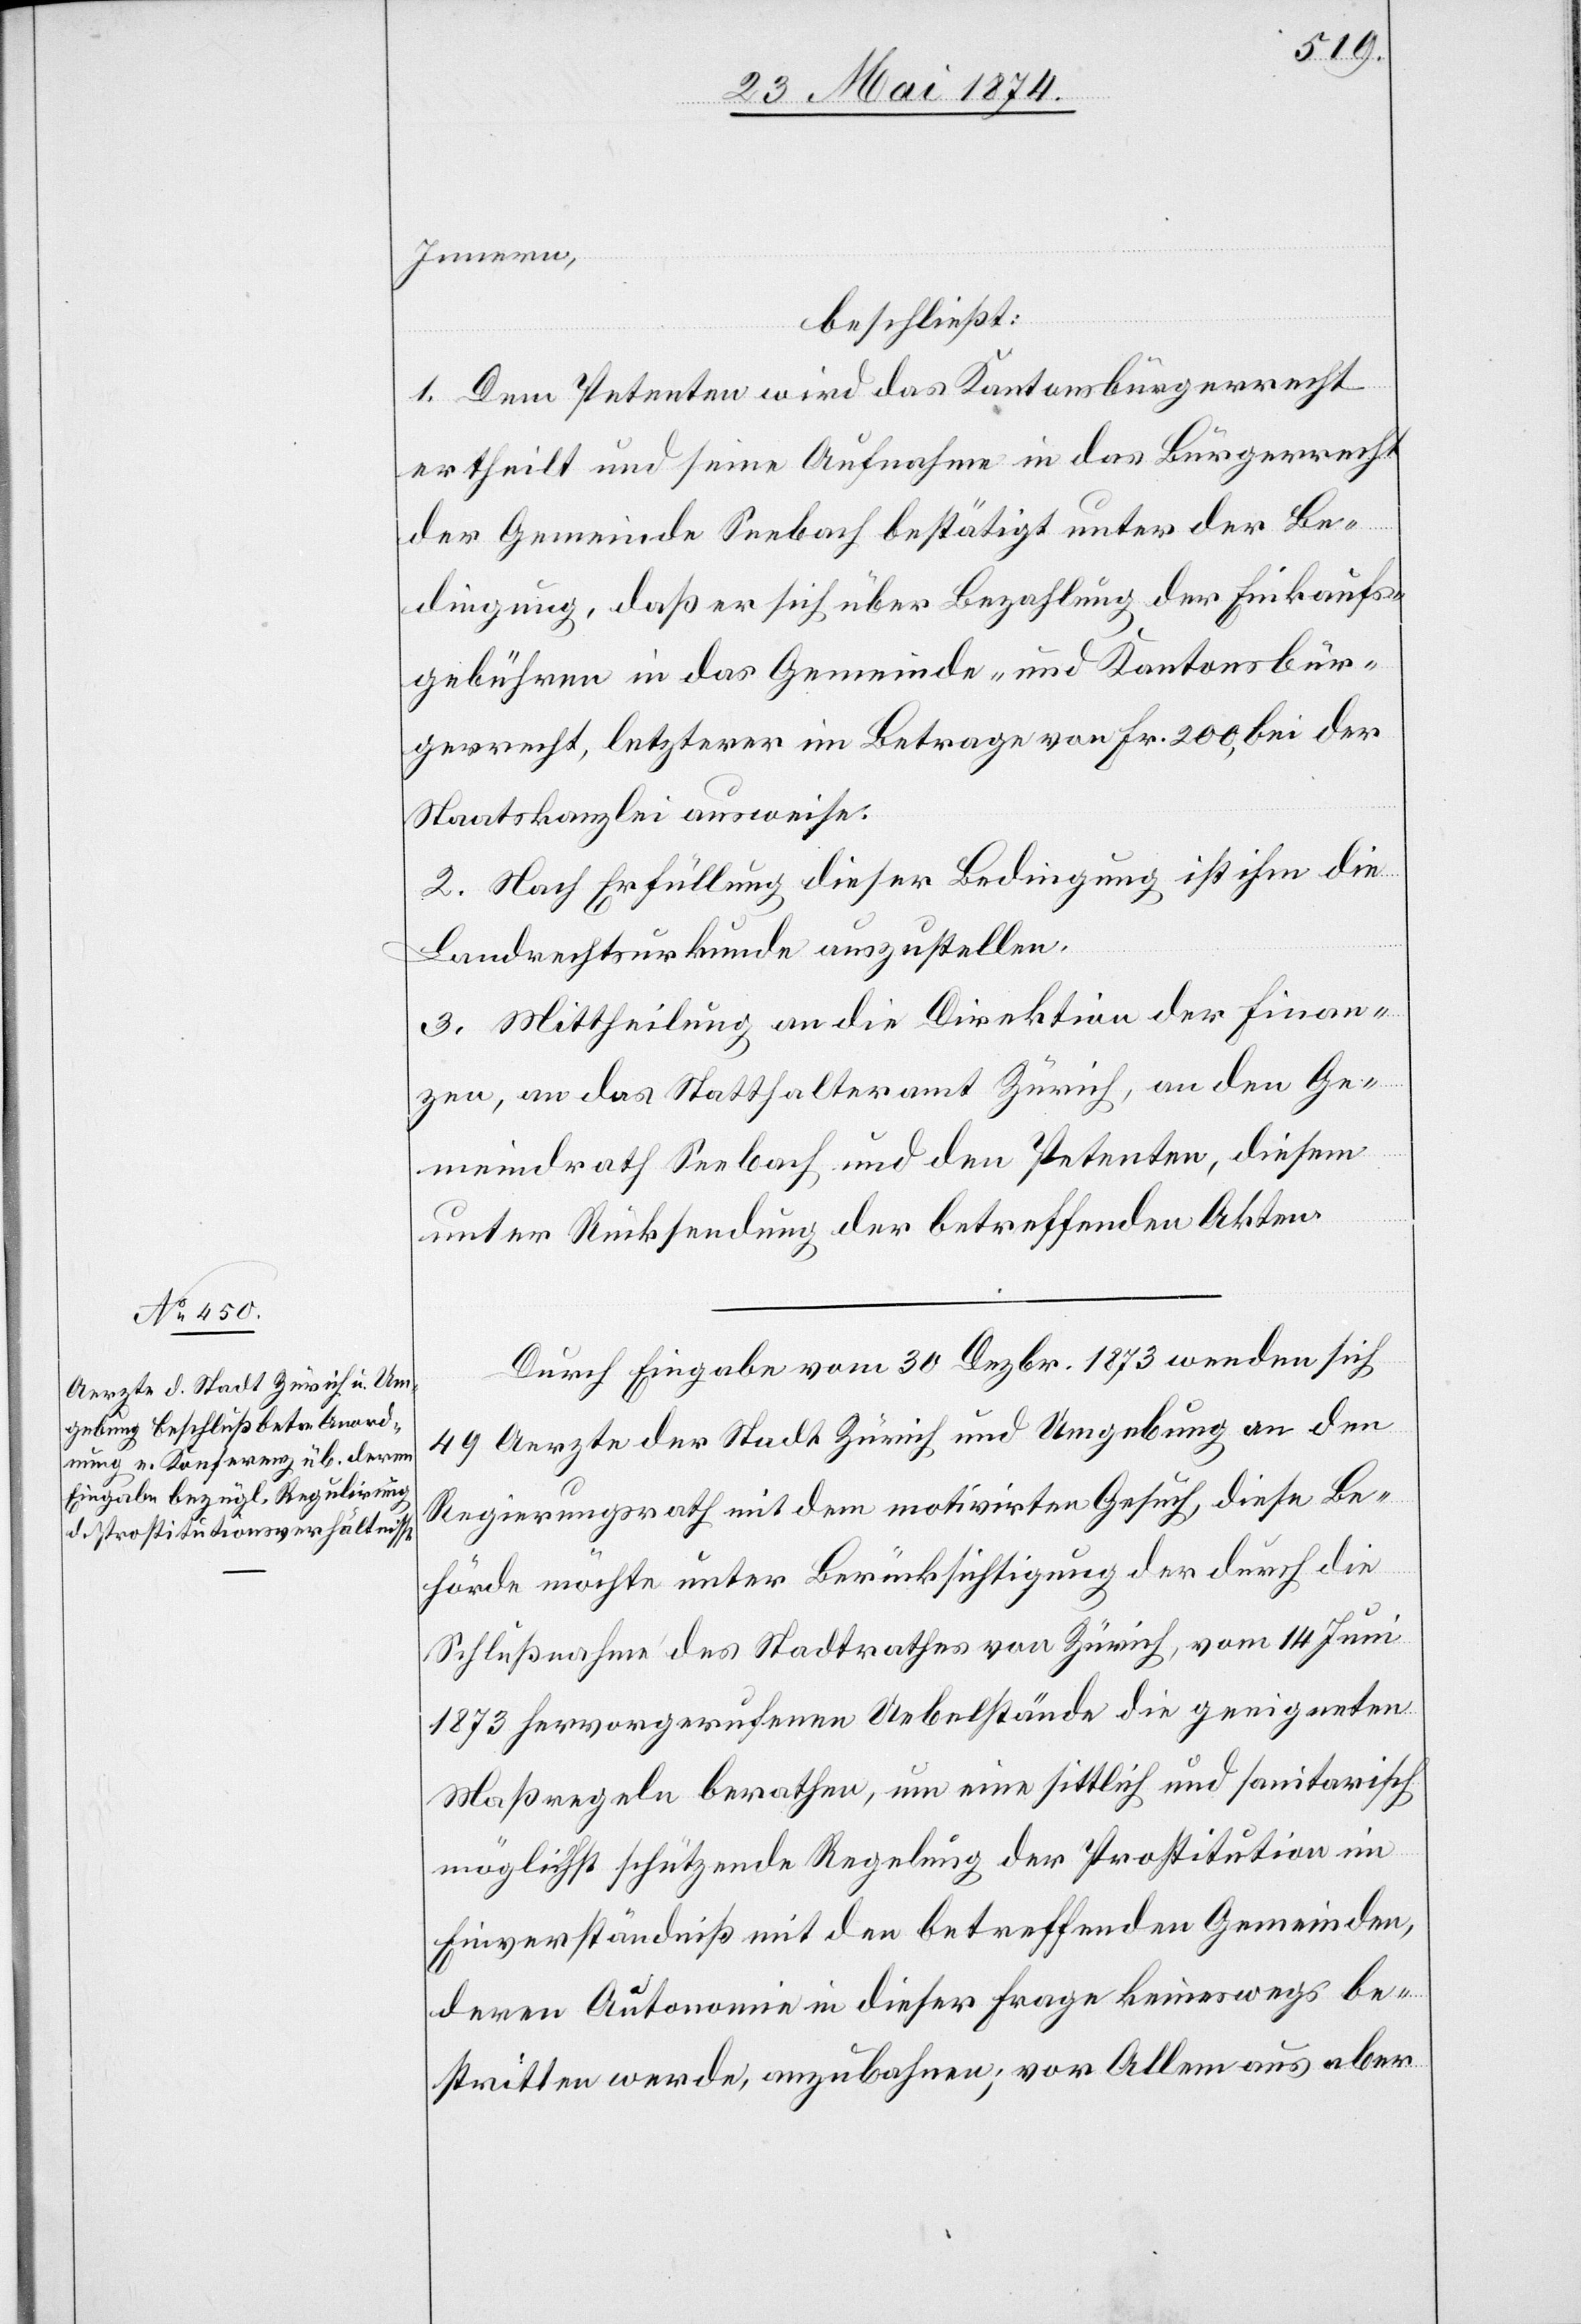
Innern,
beschließt:
1. Dem Petenten wird das Kantonsbürgerecht
ertheilt und seine Aufnahme in das Bürgerrecht
der Gemeinde Seebach bestätigt unter der Be¬
dingung, daß er sich über Bezahlung der Einkaufs¬
gebühren in das Gemeinde- und Kantonsbür¬
gerrecht, letzterer im Betrage von Fr. 200, bei der
Staatskanzlei ausweise.
2. Nach Erfüllung dieser Bedingung ist ihm die
Landesrechtsurkunde auszustellen.
3. Mittheilung an die Direktion der Finan¬
zen, an das Statthalteramt Zürich, an den Ge¬
meindrath Seebach, und den Petenten, diesem
unter Rücksendung der betreffenden Akten.
Durch Eingabe vom 30. Dezbr. 1873 wenden sich
49 Aerzte der Stadt Zürich und Umgebung an den
Regierungsrath mit dem motivirten Gesuch, diese Be¬
hörde möchte unter Berücksichtigung der durch die
Schlußnahme des Stadtrathes von Zürich, vom 14. Juni
1873 hervorgerufenen Uebelstände die geeigneten
Maßregeln berathen, um eine sittlich und sanitarisch
möglichst schützende Regelung der Prostitution im
Einverständniß mit den betreffenden Gemeinden,
deren Autonomie in dieser Frage keineswegs be¬
stritten werde, anzubahnen; vor Allem aus aber